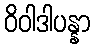
ဝိဝါဒါပန္နာ